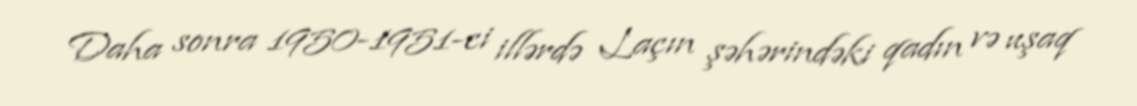
Daha sonra 1950-1951-ci illərdə Laçın şəhərindəki qadın və uşaq